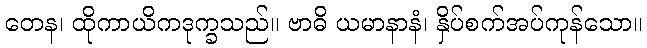
တေန၊ ထိုကာယိကဒုက္ခသည်။ ဗာဓိ ယမာနာနံ၊ နှိပ်စက်အပ်ကုန်သော။